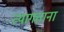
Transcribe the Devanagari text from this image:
त्यागताना